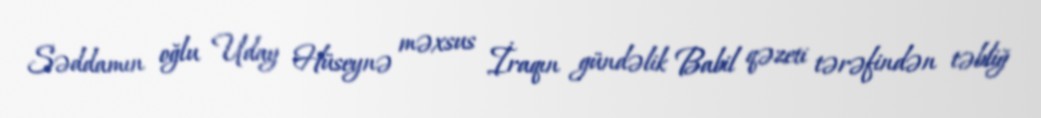
Səddamın oğlu Uday Hüseynə məxsus İraqın gündəlik Babil qəzeti tərəfindən təbliğ